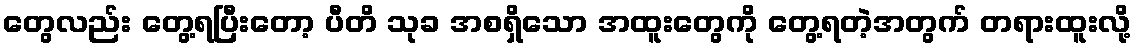
တွေလည်း တွေ့ရပြီးတော့ ပီတိ သုခ အစရှိသော အထူးတွေကို တွေ့ရတဲ့အတွက် တရားထူးလို့